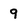
Character: 9